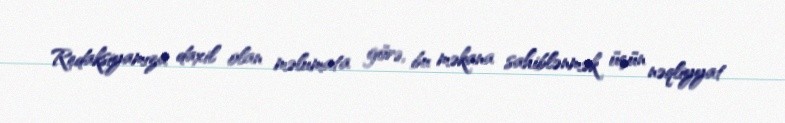
Redaksiyamıza daxil olan məlumata görə, bu məkana sahiblənmək üçün nəqliyyat